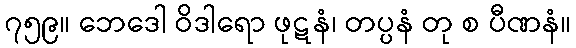
၇၅၉။ ဘေဒေါ ဝိဒါရော ဖုဋနံ၊ တပ္ပနံ တု စ ပီဏနံ။